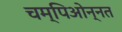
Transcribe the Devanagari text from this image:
चम्पिओन्नत